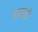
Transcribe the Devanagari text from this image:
कालही